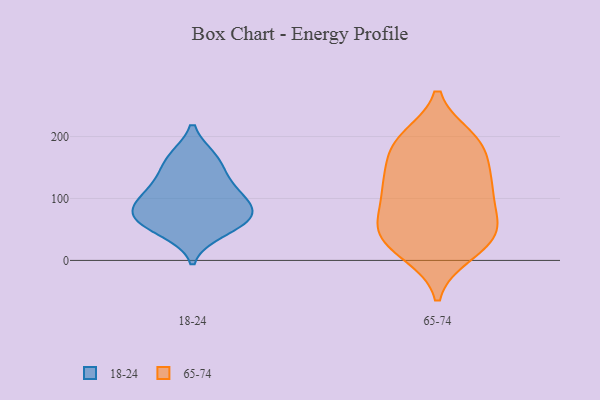
{"axis": {"x": "Production Output", "y": "Value"}, "legend": ["18-24", "65-74"], "data": [{"x": "", "y": 63, "type": "18-24"}, {"x": "", "y": 165, "type": "18-24"}, {"x": "", "y": 88, "type": "18-24"}, {"x": "", "y": 120, "type": "18-24"}, {"x": "", "y": 128, "type": "18-24"}, {"x": "", "y": 99, "type": "18-24"}, {"x": "", "y": 62, "type": "18-24"}, {"x": "", "y": 164, "type": "18-24"}, {"x": "", "y": 70, "type": "18-24"}, {"x": "", "y": 85, "type": "18-24"}, {"x": "", "y": 47, "type": "18-24"}, {"x": "", "y": 92, "type": "65-74"}, {"x": "", "y": 120, "type": "65-74"}, {"x": "", "y": 189, "type": "65-74"}, {"x": "", "y": 33, "type": "65-74"}, {"x": "", "y": 57, "type": "65-74"}, {"x": "", "y": 130, "type": "65-74"}, {"x": "", "y": 13, "type": "65-74"}, {"x": "", "y": 57, "type": "65-74"}, {"x": "", "y": 188, "type": "65-74"}, {"x": "", "y": 46, "type": "65-74"}, {"x": "", "y": 194, "type": "65-74"}, {"x": "", "y": 37, "type": "65-74"}, {"x": "", "y": 60, "type": "65-74"}, {"x": "", "y": 11, "type": "65-74"}, {"x": "", "y": 113, "type": "65-74"}, {"x": "", "y": 140, "type": "65-74"}, {"x": "", "y": 114, "type": "65-74"}, {"x": "", "y": 172, "type": "65-74"}, {"x": "", "y": 197, "type": "65-74"}]}